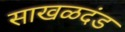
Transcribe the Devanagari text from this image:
साखळदंड